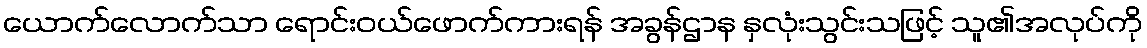
ယောက်လောက်သာ ရောင်းဝယ်ဖောက်ကားရန် အခွန်ဌာန နှလုံးသွင်းသဖြင့် သူ၏အလုပ်ကို